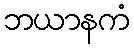
ဘယာနကံ